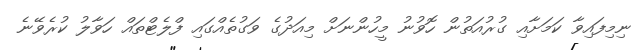
ނިމިފައިވާ ކަމަށާއި ގުރުއަތުން ހޮވުނު މީހުންނަށް މިއަދުގެ ވަގުތެއްގައި ފްލެޓްތައް ހަވާލު ކުރެވޭނެ